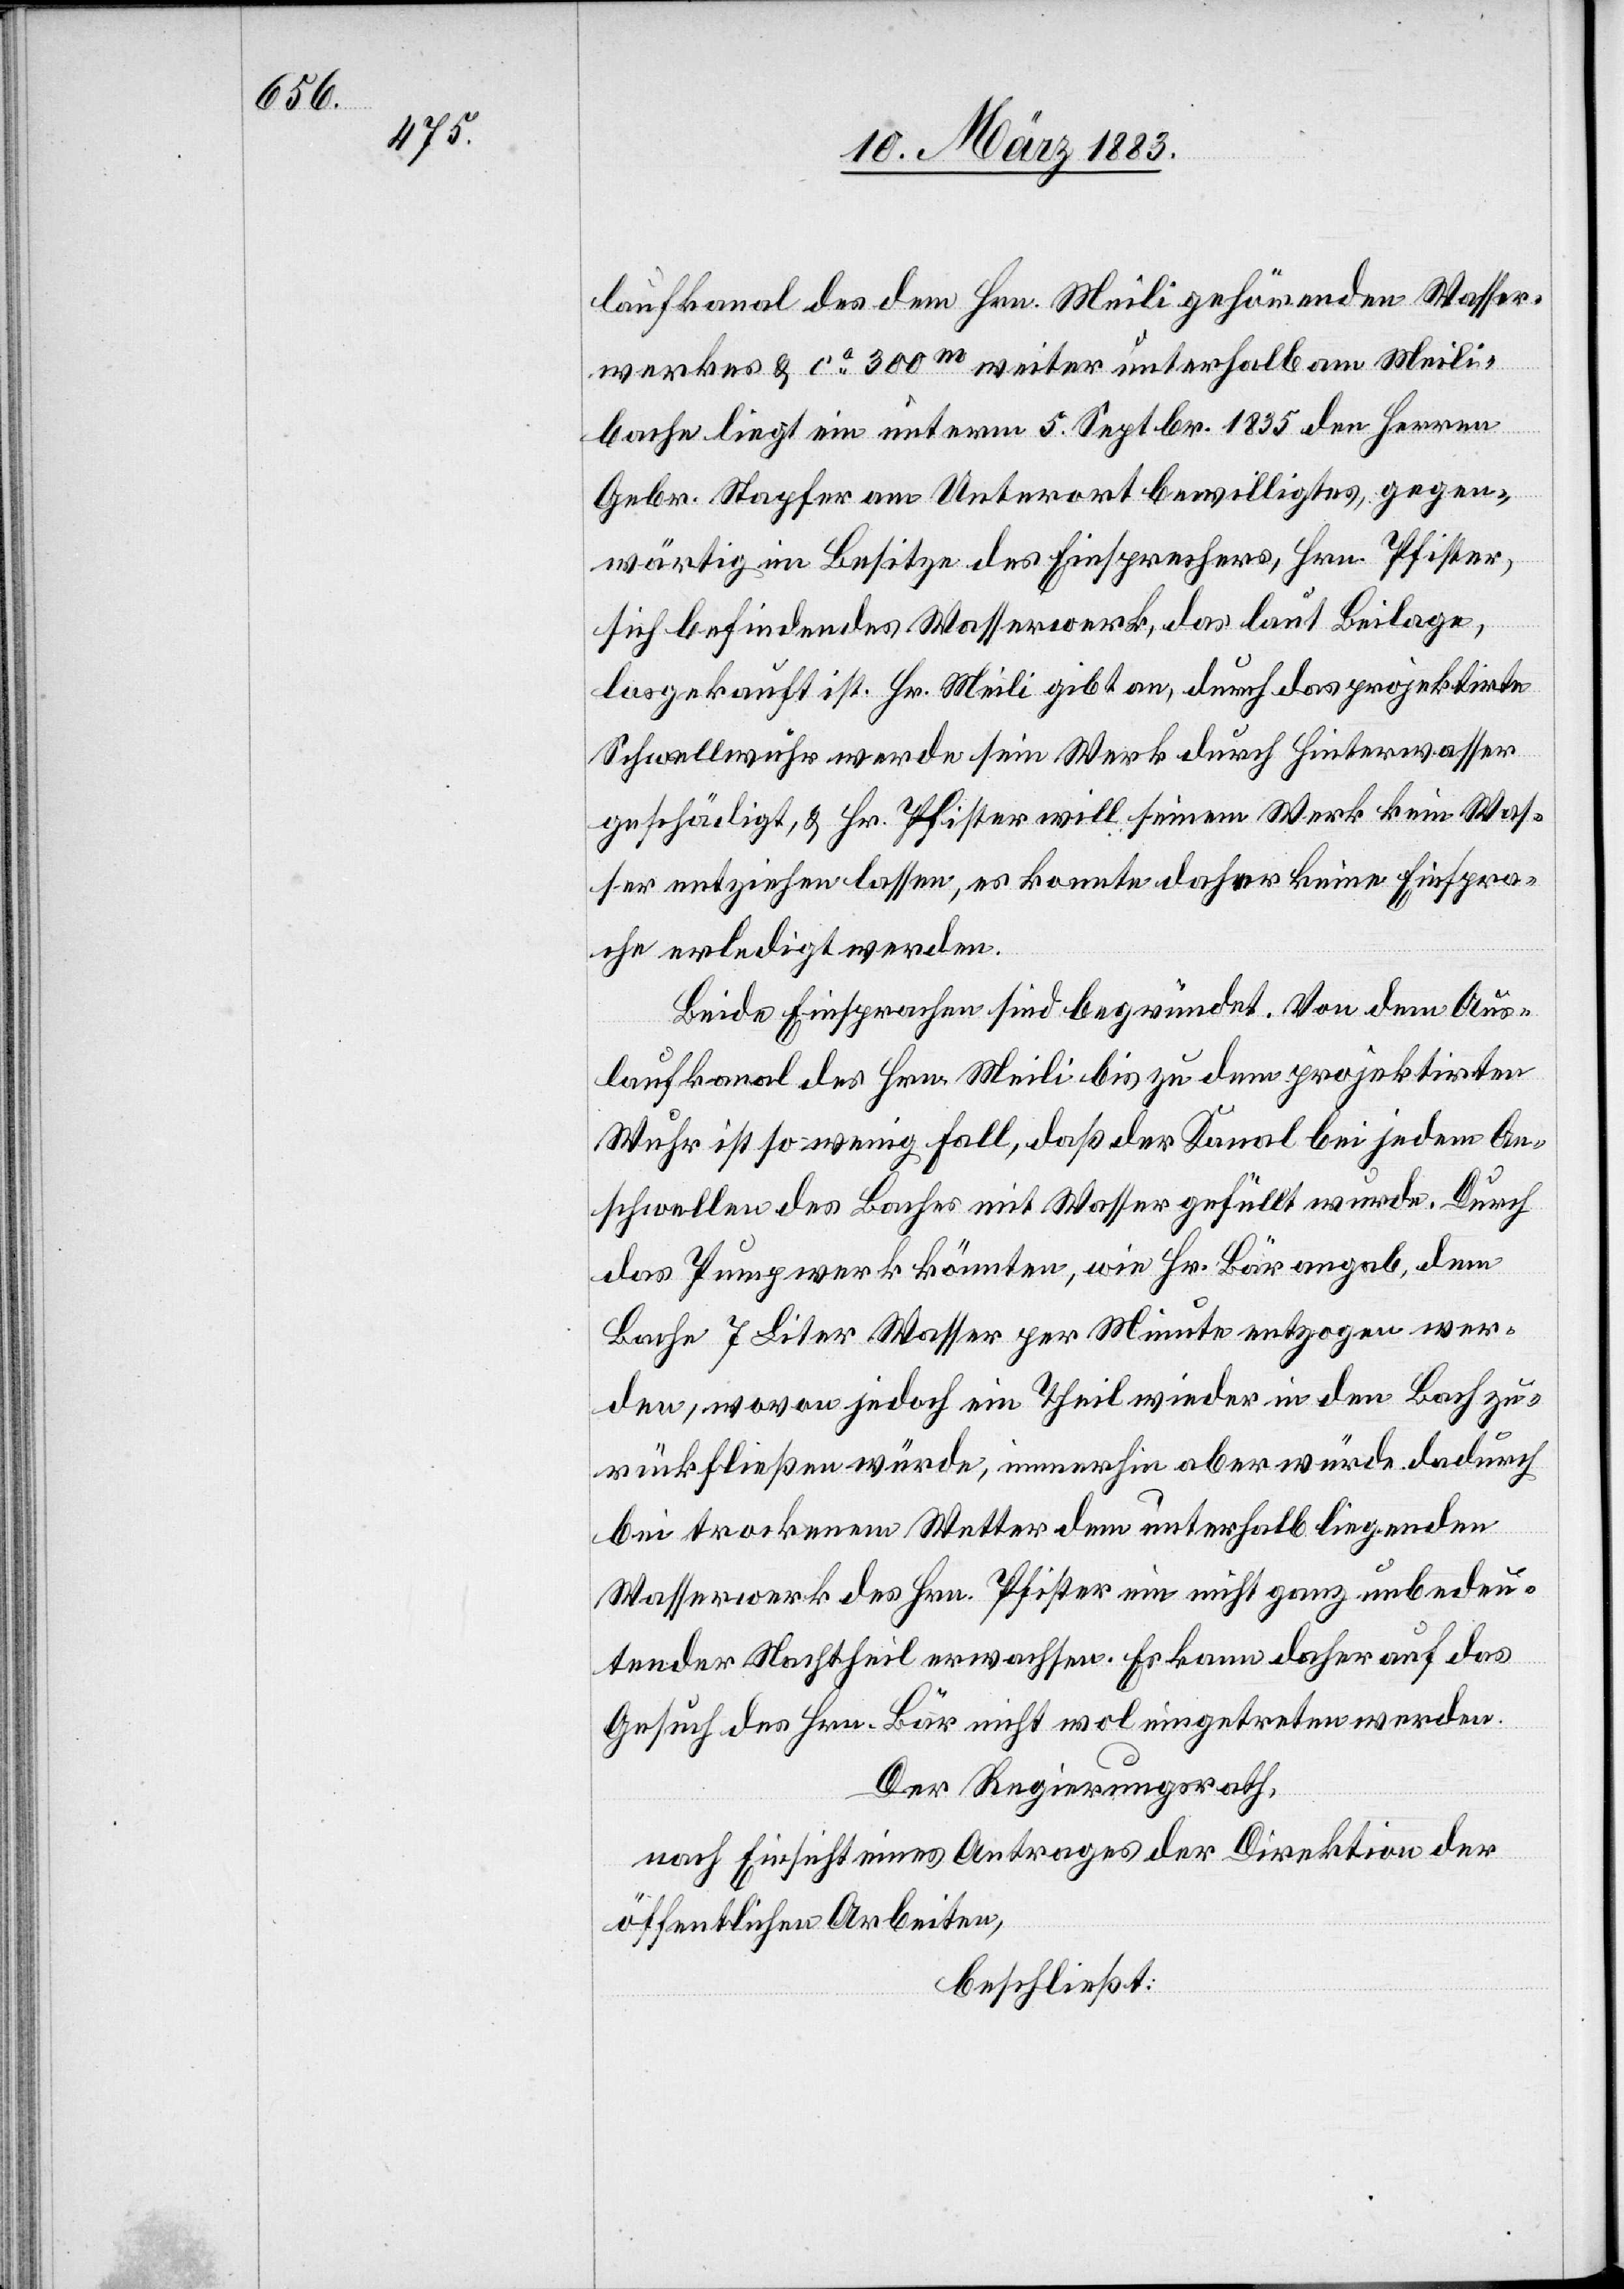
das
Einleitung
Der Regierungsrath,
nach Einsicht eines Antrages der Direktion der
öffentlichen Arbeiten,
beschließt:

des